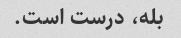
بله، درست است.